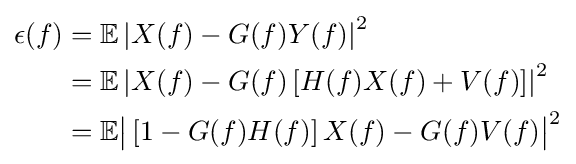
{\begin{aligned}\epsilon (f)&=\mathbb {E} \left|X(f)-G(f)Y(f)\right|^{2}\\&=\mathbb {E} \left|X(f)-G(f)\left[H(f)X(f)+V(f)\right]\right|^{2}\\&=\mathbb {E} {\big |}\left[1-G(f)H(f)\right]X(f)-G(f)V(f){\big |}^{2}\end{aligned}}